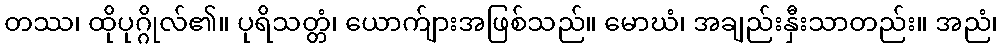
တဿ၊ ထိုပုဂ္ဂိုလ်၏။ ပုရိသတ္တံ၊ ယောက်ျားအဖြစ်သည်။ မောဃံ၊ အချည်းနှီးသာတည်း။ အညံ၊